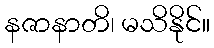
နဇာနာတိ၊ မသိနိုင်။